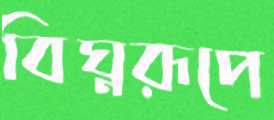
বিঘ্নরূপে